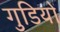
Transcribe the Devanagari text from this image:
गुडियों